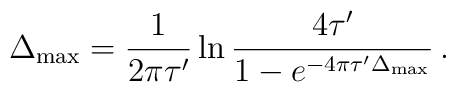
\Delta_{\max} = {1\over 2 \pi\tau'}\ln{4\tau'\over 1-e^{-4\pi\tau'\Delta_{\max}}}\,.